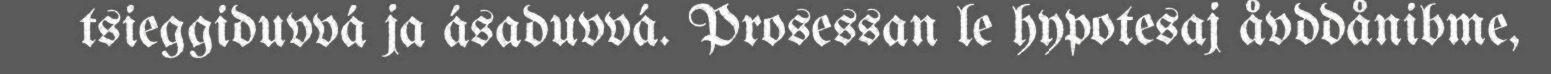
tsieggiduvvá ja ásaduvvá. Prosessan le hypotesaj åvddånibme,